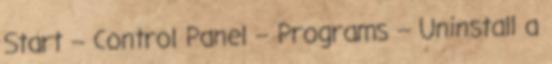
Start -- Control Panel -- Programs -- Uninstall a